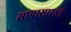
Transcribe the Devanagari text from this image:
सापासारखी